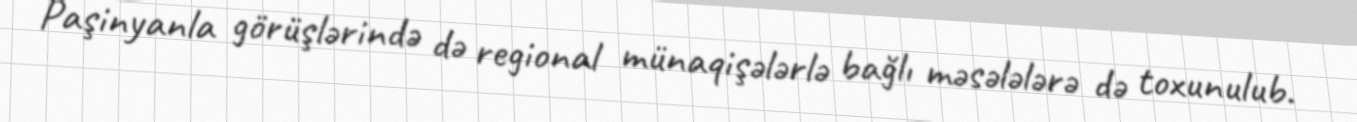
Paşinyanla görüşlərində də regional münaqişələrlə bağlı məsələlərə də toxunulub.